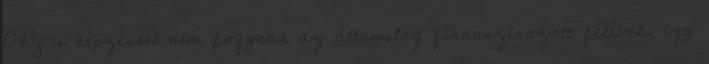
OKJ-s képzéssel nem fogynak az államilag finanszírozott félévek, így